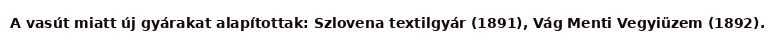
A vasút miatt új gyárakat alapítottak: Szlovena textilgyár (1891), Vág Menti Vegyiüzem (1892).